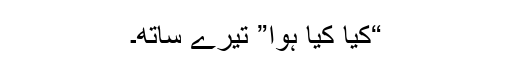
“کیا کیا ہوا” تیرے ساتھ۔